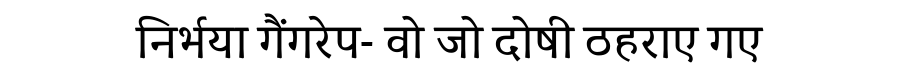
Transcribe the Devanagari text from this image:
निर्भया गैंगरेप- वो जो दोषी ठहराए गए